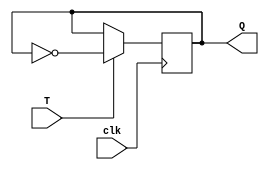
module T_FF (
    input T, // T input
    input clk, // clock input
    output reg Q // output
);

always @(posedge clk) begin
    if (T) begin
        Q <= ~Q; // toggle output
    end
end

endmodule